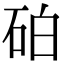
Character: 砶